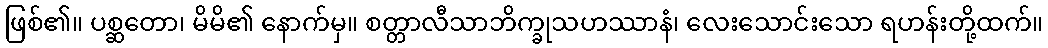
ဖြစ်၏။ ပစ္ဆတော၊ မိမိ၏ နောက်မှ။ စတ္တာလီသာဘိက္ခုသဟဿာနံ၊ လေးသောင်းသော ရဟန်းတို့ထက်။